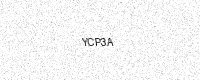
Text: YCP3A